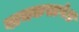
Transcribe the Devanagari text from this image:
वाचकसापेक्ष